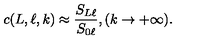
c ( L , \ell , k ) \approx \frac { S _ { L \ell } } { S _ { 0 \ell } } , ( k \rightarrow + \infty ) .